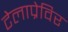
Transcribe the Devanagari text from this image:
टेलाप्रेविर